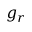
g _ { r }